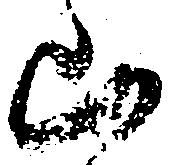
山